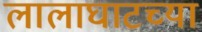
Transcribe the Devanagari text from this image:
लालाघाटच्या